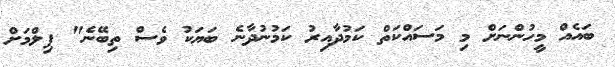
ބައެއް މީހުންނަށް މި މަސައްކަތް ކަމުދާއިރު ކަމުނުދާނެ ބަޔަކު ވެސް ތިބޭނެ" ފިލްމަށް